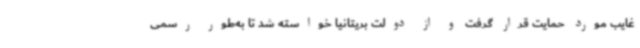
غایب مورد حمایت قرار گرفت و از دولت بریتانیا خواسته شد تا به‌طور رسمی